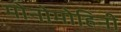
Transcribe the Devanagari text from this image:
मोनोमोहिनी